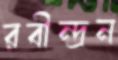
রবীন্দ্রন